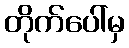
တိုက်ပေါ်မှ